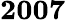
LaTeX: \mathbf{2007}